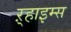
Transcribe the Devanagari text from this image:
ऱ्हाइम्स